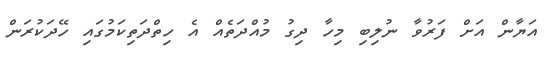
އަޔާން އަށް ފަރުވާ ނުލިބި މިހާ ދިގު މުއްދަތެއް އެ ހިތްދަތިކަމުގައި ހޭދަކުރަން